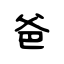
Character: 爸